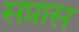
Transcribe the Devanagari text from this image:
सप्रास